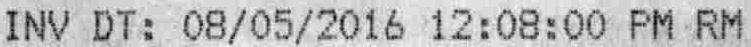
INV DT: 08/05/2016 12:08:00 PM RM